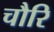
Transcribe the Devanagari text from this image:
चौरि